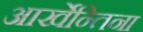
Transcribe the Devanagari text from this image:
आर्खेन्तिना